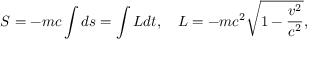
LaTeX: S = - m c \int d s = \int L d t , \quad L = - m c ^ { 2 } { \sqrt { 1 - { \frac { v ^ { 2 } } { c ^ { 2 } } } } } ,